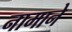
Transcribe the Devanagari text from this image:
नामाने